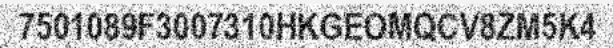
7501089F3007310HKGEOMQCV8ZM5K4